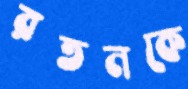
রতনকে